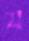
য